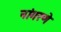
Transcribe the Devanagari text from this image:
नांगरणे